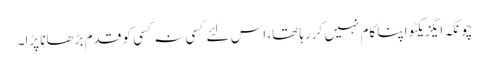
چونکہ ایگزیکٹو اپنا کام نہیں کررہا تھا، اس لئے کسی نہ کسی کو قدم بڑھانا پڑا۔